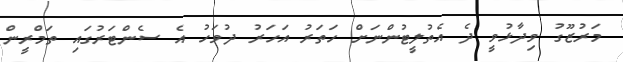
މަރުޒޫގު ވިދާޅުވީ ދެ އެތުލީޓުންނަށް ހަތަރު އަހަރު ދުވަހު އެ ސެންޓަރުގައި ތަމްރީން